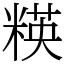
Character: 䊔